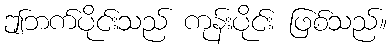
ဤဘက်ပိုင်းသည် ကုန်းပိုင်း ဖြစ်သည်။